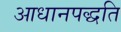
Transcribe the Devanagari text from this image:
आधानपद्धति